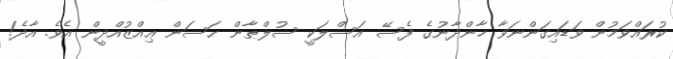
ކުރައްވަމުން ވަޑައިގަންނަވާ ޚާންދާނުގެ ފެސޭ އަސްލަކީ ސުލްޠާން ޙަސަން ޢިއްޒުއްދީން އެވެ. އާދެ!